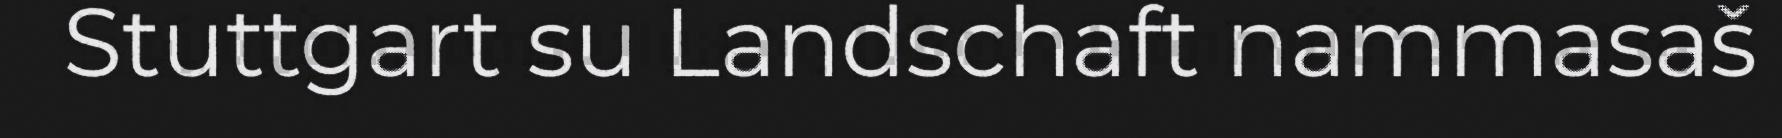
Stuttgart su Landschaft nammasaš